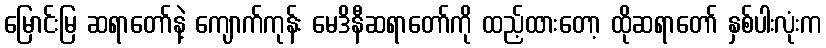
မြောင်းမြ ဆရာတော်နဲ့ ကျောက်ကုန်း မေဒိနီဆရာတော်ကို ထည့်ထားတော့ ထိုဆရာတော် နှစ်ပါးလုံးက